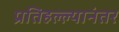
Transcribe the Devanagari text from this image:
प्रतिहल्ल्यानंतर